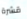
قشرة